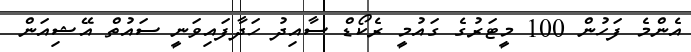
އެންމެ ފަހުން 100 މީޓަރުގެ ގައުމީ ރެކޯޑް ސާއިދު ހަދާފައިވަނީ ސައުތް އޭޝިއަން